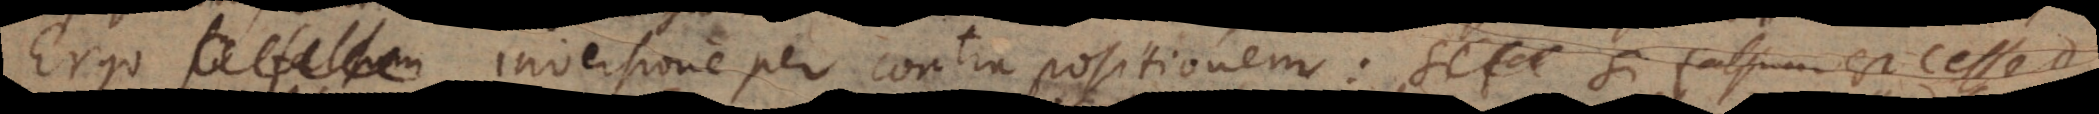
Ergo si falsum inversione per contrapositionem: Si falsum est C esse